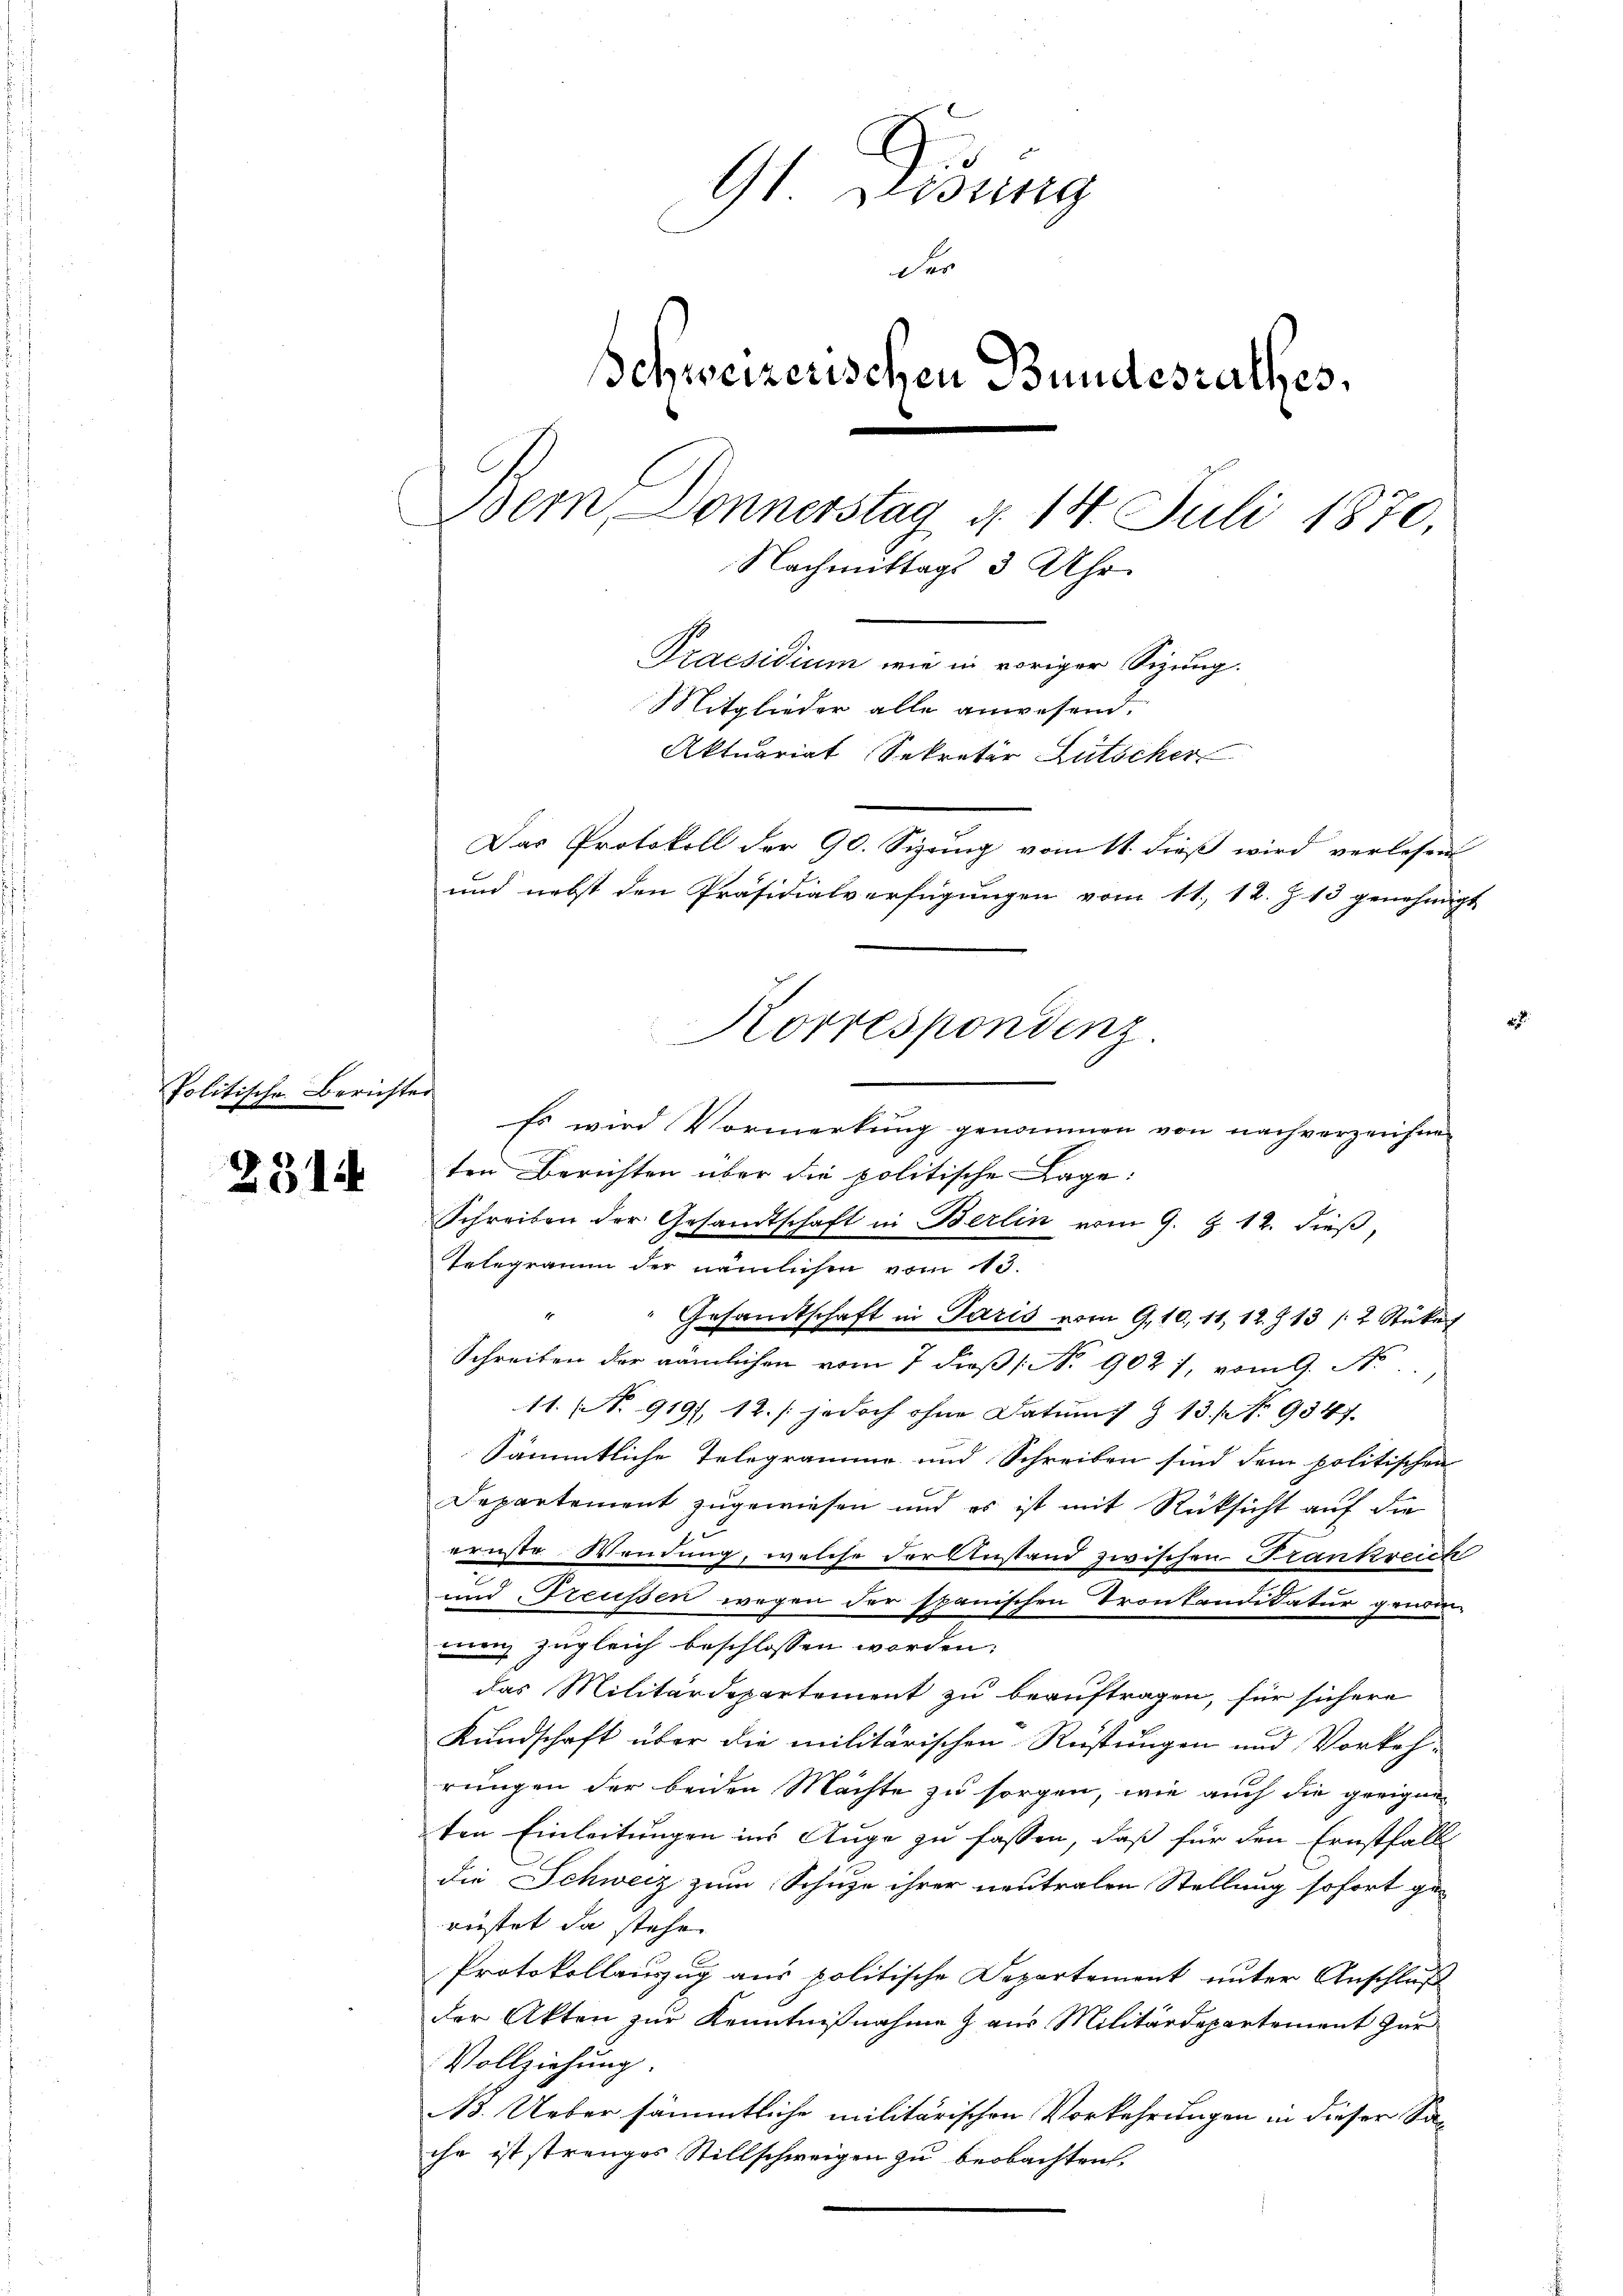
Politische Berichter

2314

1 Sessing
Fer
Schweizerischen Bundesrathes,
Bern, Donnerstag d. 14. Juli 1870,
Nachmittags 3 Uhr
Praesidium wie in voriger Sizung.
Mitglieder alle anwesend,
Aktuariat Sekretär Lütscher
Das Protokoll der 90. Sizung vom 11. dieß wird verlesen
und nebst den Präsidialverfügungen vom 11. 12. Z. 13 genehmigt
Korrespondenz.

Es wird Vormerkung genommen von nachverzeichne
ten Berichten über die politische Lage:
Schreiben der Gesandtschaft in Berlin vom 9. Z. 12. dieß,
Telegramm der nämlichen vom 13.
Gesamtschaft in Paris vom 9.10. 11, 12. J 13 /2 Stücke
Schreiben der nämlichen vom 7 dieß (: No 902 1, vom 9. No
11. (N. 919), 12. /: jedoch ohne Datum) § 13. No 9847.
Sämmtliche Telegramme und Schreiben sind dem politischen
Departement zugewiesen und es ist mit Rücksicht auf die
ernste Wendung, welche der Anstand zwischen Frankreich
und Freussen wegen der spanischen Trontandikatur genommung zugleich beschlossen worden;
das Militärdepartement zu beauftragen, für sichere
Kundschaft über die militärischen Reistungen und Vorkehrungen der beiden Machte zu sorgen, wie auch die geeigne-
ten Einleitungen ins Auge zu fassen, daß für den Ernstfalls
die Schweiz zum Schule ihrer neutralen Stellung sofort ge-
rüstet da stehe.
Protokollauszug aus politische Departement unter Anschluß
der Akten zur Kenntnißnahme & aus Militärdepartement zur
Vollziehung.
B. Ueber sämmtliche militärischen Vorkehrungen in dieser Sa-
ihr ist strenges Stillschweigen zu beobachten.